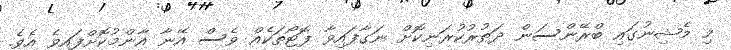
މި މެޝިނުގައި ބްރޭންސަން ދަތުރުކުރަނިކޮށް ނަގާފައިވާ ފޮޓޯތަކެއް ވެސް އޭނާ އާންމުކޮށްފައިވެ އެވެ.